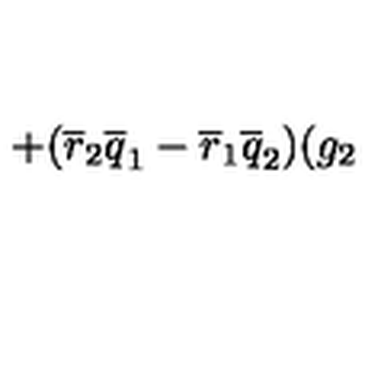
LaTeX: + ( \overline { { r } } _ { 2 } \overline { { q } } _ { 1 } - \overline { { r } } _ { 1 } \overline { { q } } _ { 2 } ) ( g _ { 2 }